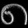
Digit: ၈